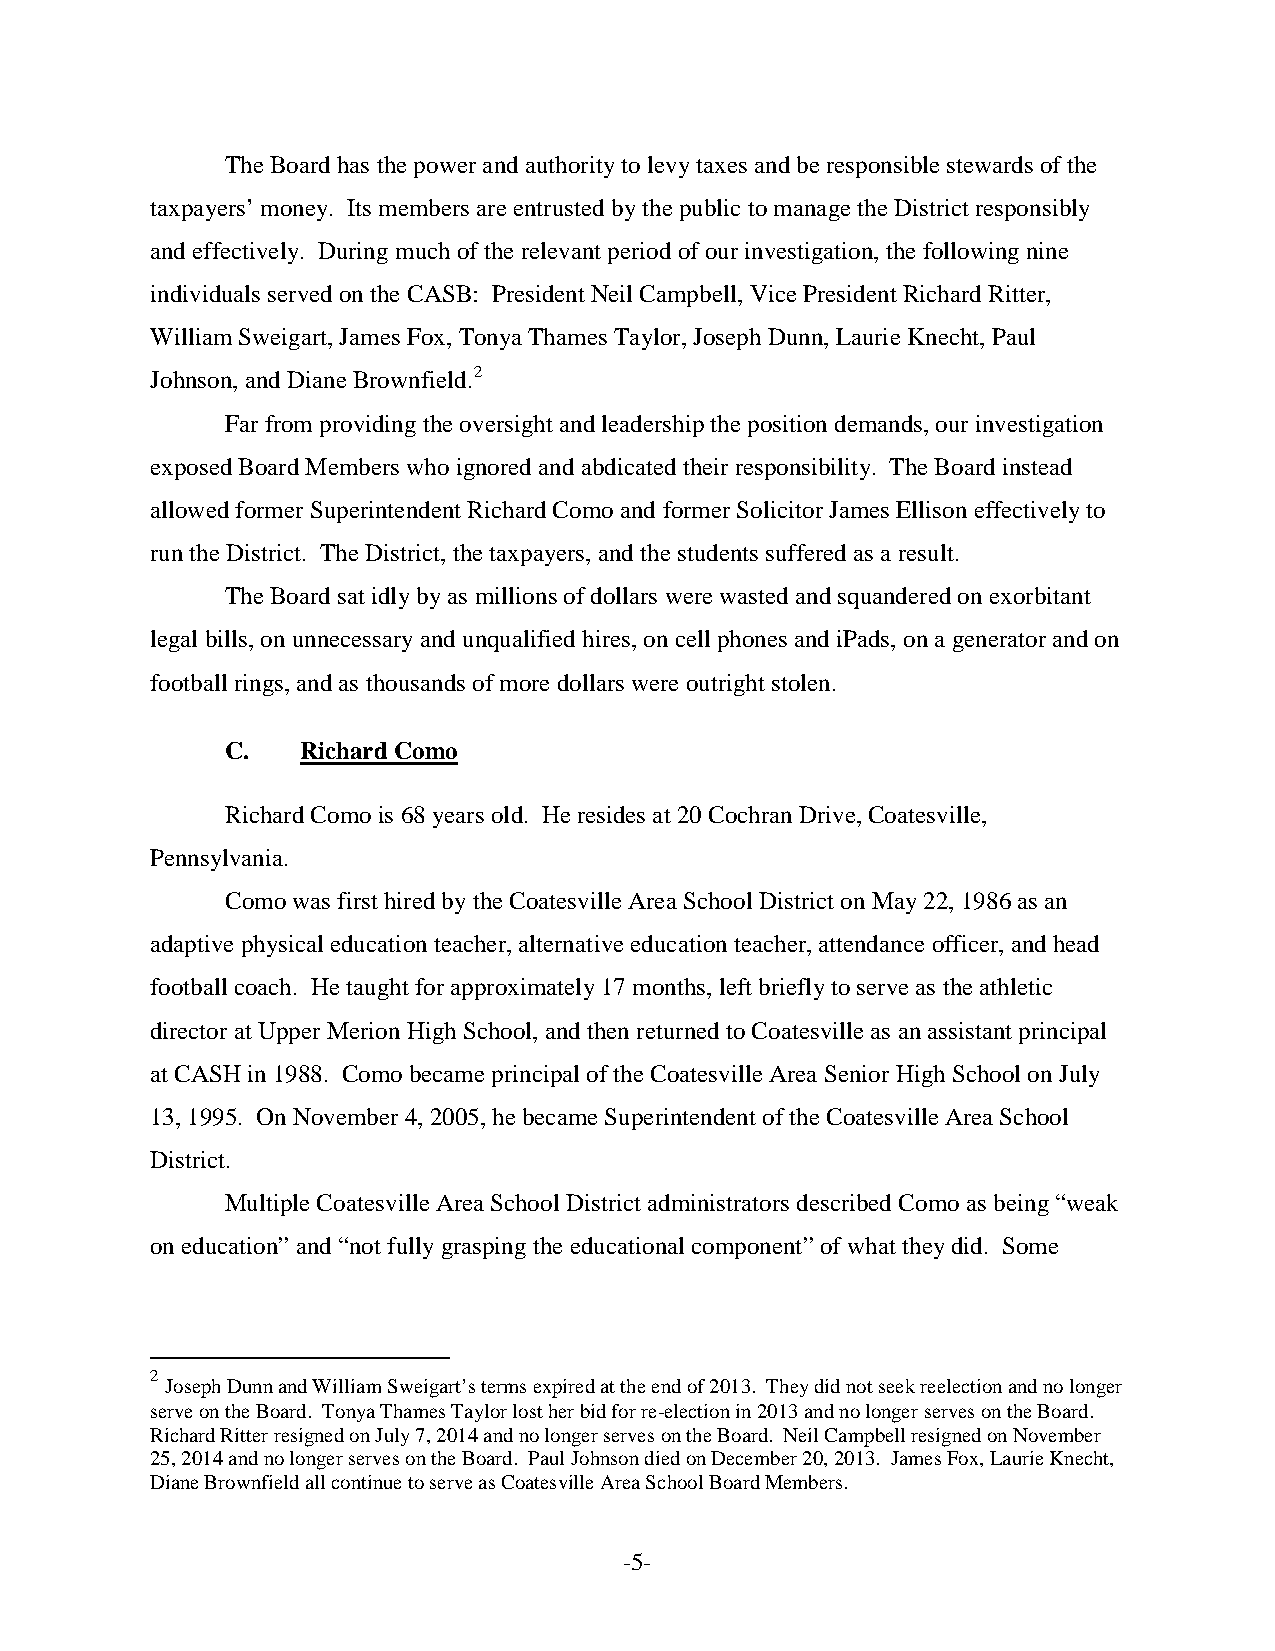
The Board has the power and authority to levy taxes and be responsible stewards of the
 taxpayers’ money. Its members are entrusted by the public to manage the District responsibly
 and effectively. During much of the relevant period of our investigation, the following nine
 individuals served on the CASB: President Neil Campbell, Vice President Richard Ritter,
 William Sweigart, James Fox, Tonya Thames Taylor, Joseph Dunn, Laurie Knecht, Paul
 Johnson, and Diane Brownfield.2
 Far from providing the oversight and leadership the position demands, our investigation
 exposed Board Members who ignored and abdicated their responsibility. The Board instead
 allowed former Superintendent Richard Como and former Solicitor James Ellison effectively to
 run the District. The District, the taxpayers, and the students suffered as a result.
 The Board sat idly by as millions of dollars were wasted and squandered on exorbitant
 legal bills, on unnecessary and unqualified hires, on cell phones and iPads, on a generator and on
 football rings, and as thousands of more dollars were outright stolen.
 C.   Richard Como
 Richard Como is 68 years old. He resides at 20 Cochran Drive, Coatesville,
 Pennsylvania.
 Como was first hired by the Coatesville Area School District on May 22, 1986 as an
 adaptive physical education teacher, alternative education teacher, attendance officer, and head
 football coach. He taught for approximately 17 months, left briefly to serve as the athletic
 director at Upper Merion High School, and then returned to Coatesville as an assistant principal
 at CASH in 1988. Como became principal of the Coatesville Area Senior High School on July
 13, 1995. On November 4, 2005, he became Superintendent of the Coatesville Area School
 District.
 Multiple Coatesville Area School District administrators described Como as being “weak
 on education” and “not fully grasping the educational component” of what they did. Some
 2
 Joseph Dunn and William Sweigart’s terms expired at the end of 2013. They did not seek reelection and no longer
 serve on the Board. Tonya Thames Taylor lost her bid for re-election in 2013 and no longer serves on the Board.
 Richard Ritter resigned on July 7, 2014 and no longer serves on the Board. Neil Campbell resigned on November
 25, 2014 and no longer serves on the Board. Paul Johnson died on December 20, 2013. James Fox, Laurie Knecht,
 Diane Brownfield all continue to serve as Coatesville Area School Board Members.
 -5-